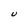
Character: U